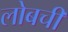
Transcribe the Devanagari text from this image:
लोबची